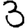
Digit: 3